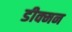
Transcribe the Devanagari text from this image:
डीक्मन